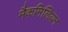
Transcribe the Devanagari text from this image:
मैकमिलियन